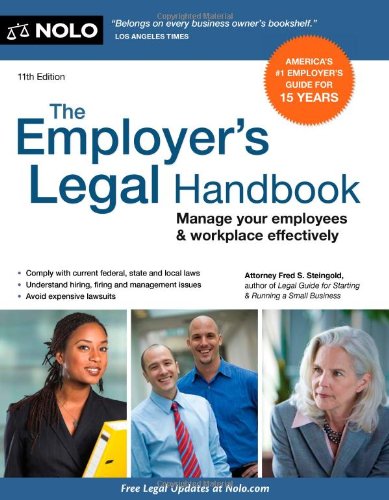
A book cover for Employer's Legal Handbook, The: Manage Your Employees & Workplace Effectively; Fred S. Steingold; Law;